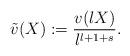
LaTeX: \begin{align*}\tilde{v}(X) := \frac{v(\l X)}{\l^{l+1+s}}.\end{align*}